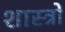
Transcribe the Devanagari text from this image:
शास्त्राें